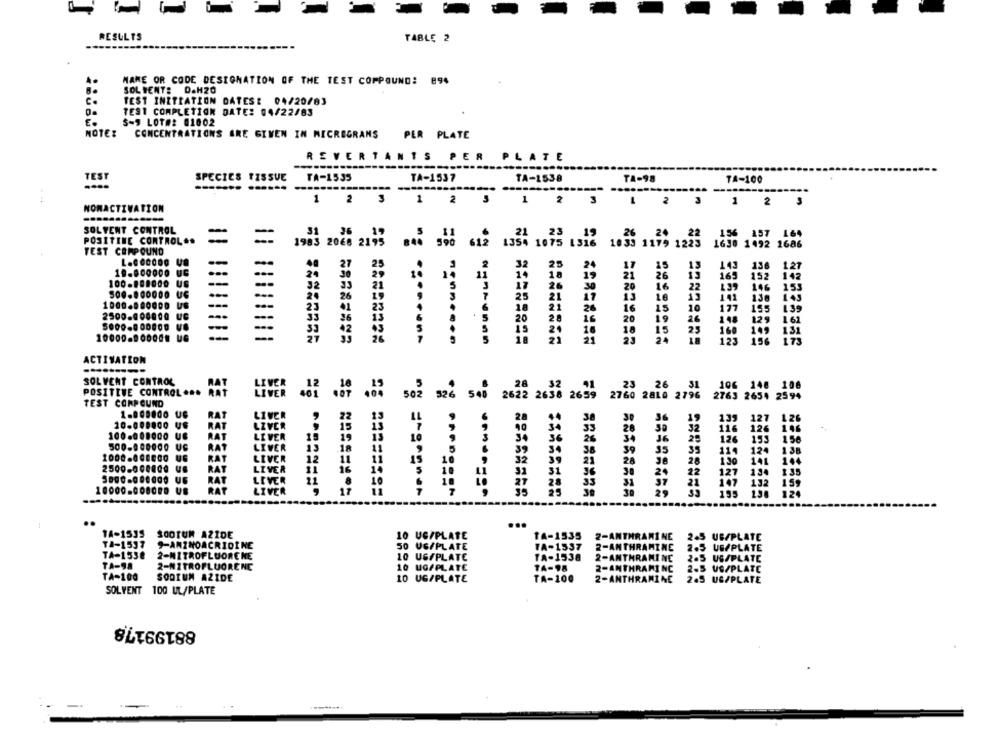
RESULTS
TABLE 2
MAME OR CODE DESIGNATION OF THE TEST COMPOUND: 894
SOL WENT: D.H20
TEST INITIATION DATES: 04/20/83
TEST COMPLETION DATE: 04/22/83
S-9 LOT#: 01002
NOTE:
CONCENTRATIONS ARE GIVEN IN MICROGRAMS
PER PLATE
REVERTANTS
PER
PLATE
TEST
SPECIES TISSUE
TA-1535
TA-1537
TA-1538
TA-98
TA-100
....
2
NOMACTIVATION
1 2 3 1 2 3 1 2 3
1 2 3
SOLVENT CONTROL
-
POSITINE CONTROL ..
1690 1492 1686
TEST CERPOUND
1983 2068 2175 840 990 612 1354 1075 1316 1039 1179 1223
-
15
143
13
127
1 .- 600000 UC
24
26
13
100 .... 000 US
165
152
142
32
20
16
22
146
153
13
138
1000.000000 US
--
23
15
10
177
195 139
2500-900000 UC
--
33
19
198
--
26
129 161
160 105 131
10000 ....... U.
29
123
156 173
ACTIVATION
SOLVENT CONTROL
LIVER
28
POSITIVE CONTROL ...
LIVER
106 148 1
502
526 540 2622 2638 2659
2622 2638 2659 2760 2810 2796
760 2810 2796
2763 2654 2594
TEST CORPOUND
1-800000 US
RAT
LIVER
28
10.000000 US
22
3
19
127
126
RAT
LIVER
15
35
30
32
116
12€
100.000000
AT
LIVER
19
3.
36
26
250
RA
LIVER
19
36
25
12€
18
5
39
34
38
39
35
35
12
RA
LIVER
11
32
21
130
2500.000000 U6
RAT
LIVER
12
10
28
30
28
16
31
36
127 130
5 .......... U6
RAT
LEVER
27
33
22
RAT
LIVER
.8
31
17
no ENgrEner
30
29
195 138
..
..
1A-1535
SOOTUM AZIDE
10 UG/PLATE
TA-1535
2-ANTHRAMINE
2.5 UBAPLATE
TA-1537
9-AMINOACRIDINE
50 UG/PLATE
FA-1537
2-ANTHRAMINE
2.5 US/PLATE
TA-1538
2-MITROFLUORE NE
10 UG/PLATE
TA-1538
2-ANTHRAMINE
TA-98
2.5 US/PLATE
2-NITROFLUORENE
10 UG/PLATE
TA-98
2-ANTHRAMINC
TA-100
SODIUM AZIDE
10 UG/PLATE
TA-100
2-ANTHRAMINE
SOLVENT 100 UL/PLATE
88199178